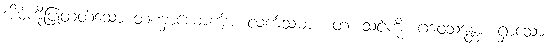
အိမ်ကိုပြုတတ်သော တဏှာယောကျ်ား လက်သမား။ တံ၊ သင့်ကို။ ဂဝေသန္တော၊ ရှာသော